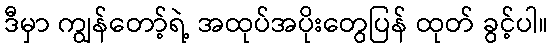
ဒီမှာ ကျွန်တော့်ရဲ့ အထုပ်အပိုးတွေပြန် ထုတ် ခွင့်ပါ။